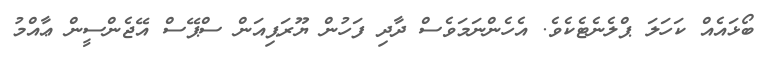
ބޯޅައެއް ކަހަލަ ޕްލެނެޓެކެވެ. އެހެންނަމަވެސް ދާދި ފަހުން ޔޫރަޕިއަން ސްޕޭސް އޭޖެންސީން ޢާއްމު